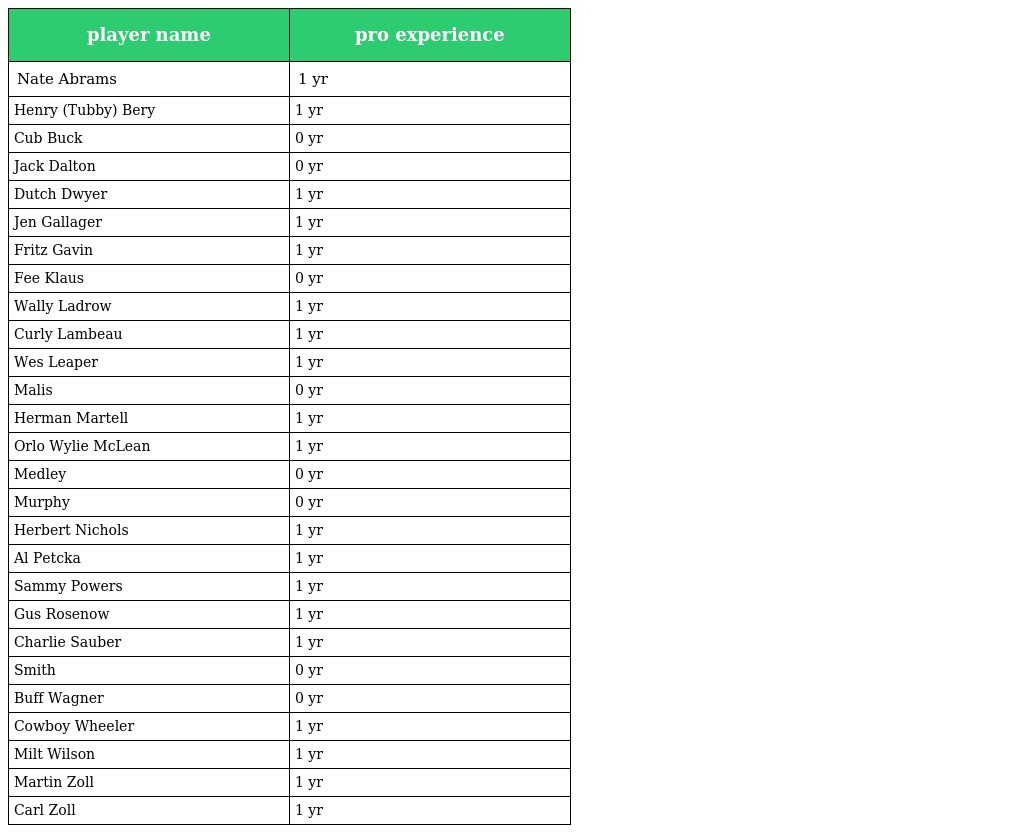
| player name | pro experience |
 | --- | --- |
 | Nate Abrams | 1 yr |
 | Henry (Tubby) Bery | 1 yr |
 | Cub Buck | 0 yr |
 | Jack Dalton | 0 yr |
 | Dutch Dwyer | 1 yr |
 | Jen Gallager | 1 yr |
 | Fritz Gavin | 1 yr |
 | Fee Klaus | 0 yr |
 | Wally Ladrow | 1 yr |
 | Curly Lambeau | 1 yr |
 | Wes Leaper | 1 yr |
 | Malis | 0 yr |
 | Herman Martell | 1 yr |
 | Orlo Wylie McLean | 1 yr |
 | Medley | 0 yr |
 | Murphy | 0 yr |
 | Herbert Nichols | 1 yr |
 | Al Petcka | 1 yr |
 | Sammy Powers | 1 yr |
 | Gus Rosenow | 1 yr |
 | Charlie Sauber | 1 yr |
 | Smith | 0 yr |
 | Buff Wagner | 0 yr |
 | Cowboy Wheeler | 1 yr |
 | Milt Wilson | 1 yr |
 | Martin Zoll | 1 yr |
 | Carl Zoll | 1 yr |